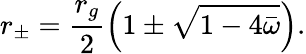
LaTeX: r_{\pm}=\frac{r_{g}}{2}\left(1\pm\sqrt{1-4\bar{\omega}}\right).